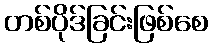
တစ်ပိုဒ်ခြင်းဖြစ်စေ